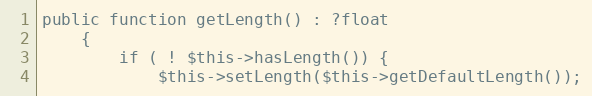
Language: PHP
public function getLength() : ?float
    {
        if ( ! $this->hasLength()) {
            $this->setLength($this->getDefaultLength());